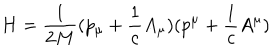
H = \frac { 1 } { 2 M } ( p _ { \mu } + \frac { 1 } { c } A _ { \mu } ) ( p ^ { \mu } + \frac { 1 } { c } A ^ { \mu } )